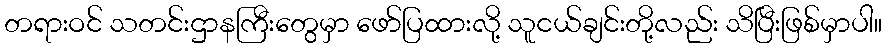
တရားဝင် သတင်းဌာနကြီးတွေမှာ ဖော်ပြထားလို့ သူငယ်ချင်းတို့လည်း သိပြီးဖြစ်မှာပါ။